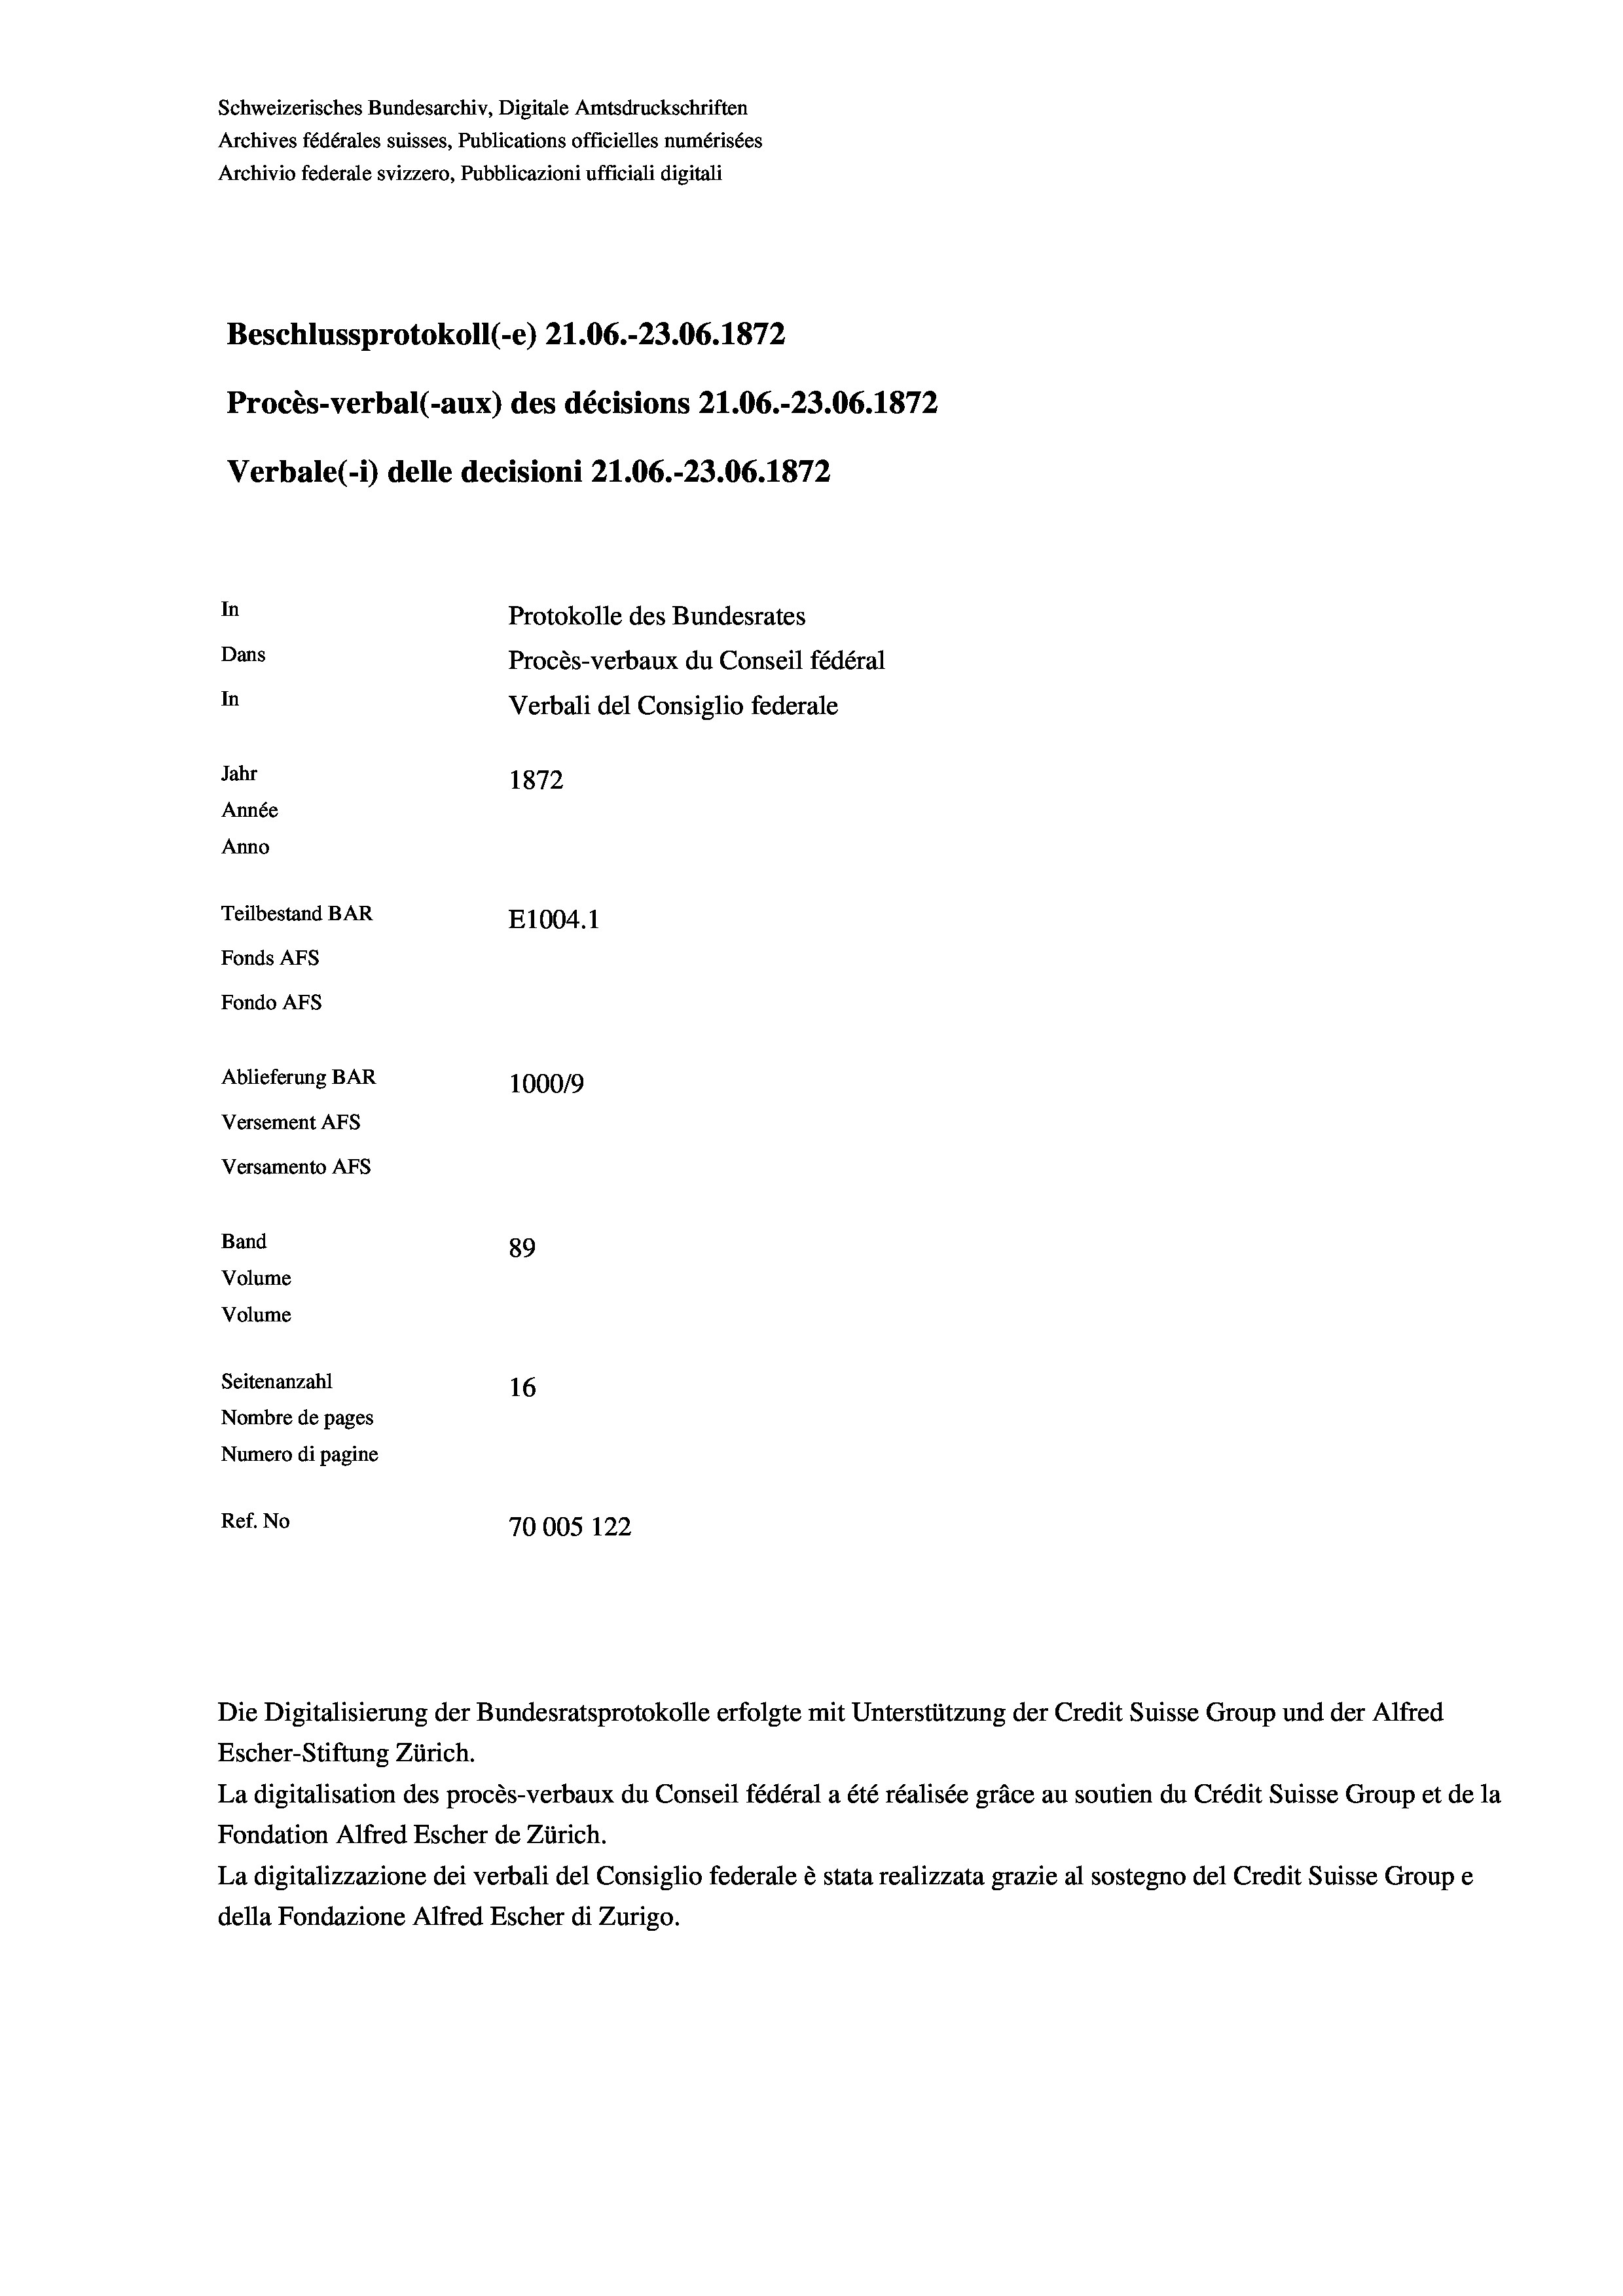
Schweizerisches Bundesarchiv, Digitale Amtsdruckschriften
Archives fédérales suisses, Publications officielles numérisées
Archivio federale svizzero, Pubblicazioni ufficiali digitali
Beschlussprotokoll (-e) 21.06.-23.06. 1872
Procès-verbal (-aux) des décisions 21.06.-23.06. 1872
Verbale (- 1) delle decisioni 21.06.-23.06. 1872
In
Protokolle des Bundesrates
Dans
Procès-verbaux du Conseil fédéral
In
Verbali del Consiglio federale
Jahr
1872
Année
Anno
Teilbestand BAR
E1004. 1
Fonds AFs
Fondo Afs
Ablieferung BAR
100019
Versement AFs
Versamento Afs
Band
89
Volume
Volume
Seitenanzahl
16
Nombre de pages
Numero di pagine
Ref. No
70005 122

Escher-Stiftung Zürich.
La digitalisation des procès-verbaux du Conseil fédéral a été réalisée gräce au soutien du Crédit Suisse Group et de la
Fondation Alfred Escher de Zürich.
La digitalizzazione dei verbali del Consiglio federale è stata realizzata grazie al sostegno del Credit Suisse Groupe
della Fondazione Alfred Escher di Zurigo.

Die Digitalisierung der Bundesratsprotokolle erfolgte mit Unterstützung der Credit Suisse Group und der Alfred